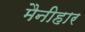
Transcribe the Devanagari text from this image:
मैनीहार